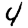
Digit: 4